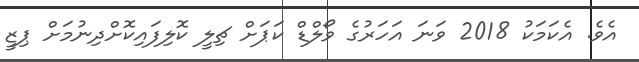
އެވެ. އެކަމަކު 2018 ވަނަ އަހަރުގެ ވޯލްޑް ކަޕަށް ޗިލީ ކޮލިފައިކޮށްދިނުމަށް ޕިޒީ